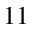
_ { 1 1 }